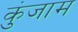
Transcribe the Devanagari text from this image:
कुंजाम